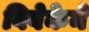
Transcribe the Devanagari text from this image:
विवेकेने